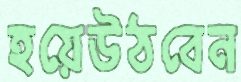
হয়েউঠবেন